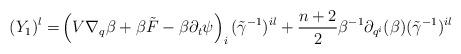
LaTeX: \begin{align*}(Y_1)^l=&\left(V\nabla_q \beta +\beta\tilde F- \beta \partial_t\psi\right)_i (\tilde\gamma^{-1})^{il} +\frac{n+2}{2}\beta^{-1}\partial_{q^{i}}(\beta) (\tilde\gamma^{-1})^{il} \end{align*}